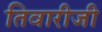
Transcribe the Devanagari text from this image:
तिवारीजी